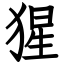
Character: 猩